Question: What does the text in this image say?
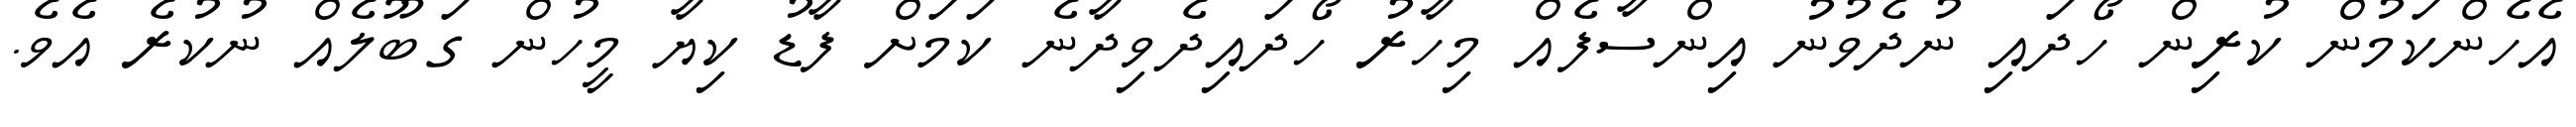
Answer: އެހެންކަމުން ކުރިން ހޯދައި ނުދެވުނު އިންސާފެއް މިހާރު ހޯދައިދެވިދާނެ ކަމަށް ފާޑު ކިޔާ މީހުން ގަބޫލެއް ނުކުރެ އެވެ.